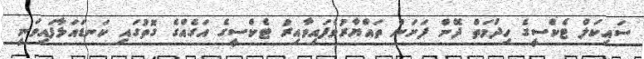
ސައިކަލް ޓެކްސީގެ ހިދުމަތް ދޭން ފަށަން ތައްޔާރުވެފައިވާއިރު ޓެކްސީގެ އަގެއްގެ ގޮތުގައި ކަނޑައަޅާފައިވަނީ